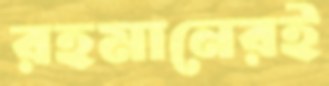
রহমানেরই